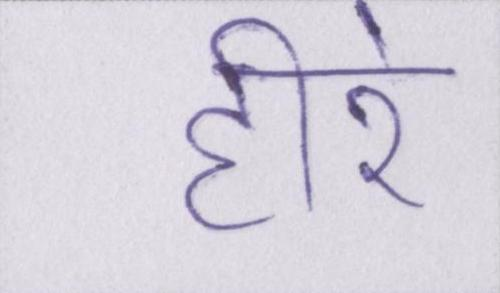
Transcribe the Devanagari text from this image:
हीरे